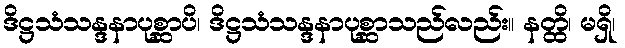
ဒိဋ္ဌသံသန္ဒနာပုစ္ဆာပိ၊ ဒိဋ္ဌသံသန္ဒနာပုစ္ဆာသည်လည်း။ နတ္ထိ၊ မရှိ၊